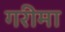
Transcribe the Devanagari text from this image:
गरीमा